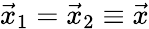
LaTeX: \vec{x}_{1}=\vec{x}_{2}\equiv\vec{x}